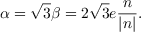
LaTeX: \alpha = \sqrt { 3 } \beta = 2 \sqrt { 3 } e \frac { n } { | n | } .